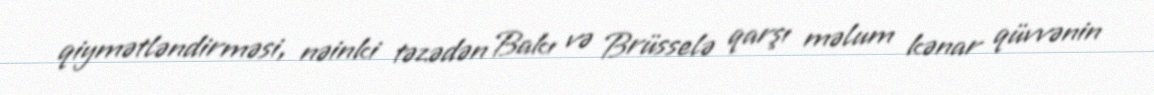
qiymətləndirməsi, nəinki təzədən Bakı və Brüsselə qarşı məlum kənar qüvvənin